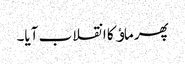
پھر ماﺅ کا انقلاب آیا۔